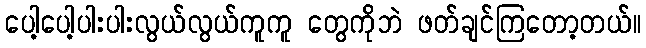
ပေါ့ပေါ့ပါးပါးလွယ်လွယ်ကူကူ တွေကိုဘဲ ဖတ်ချင်ကြတော့တယ်။